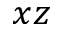
x z